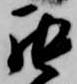
罷